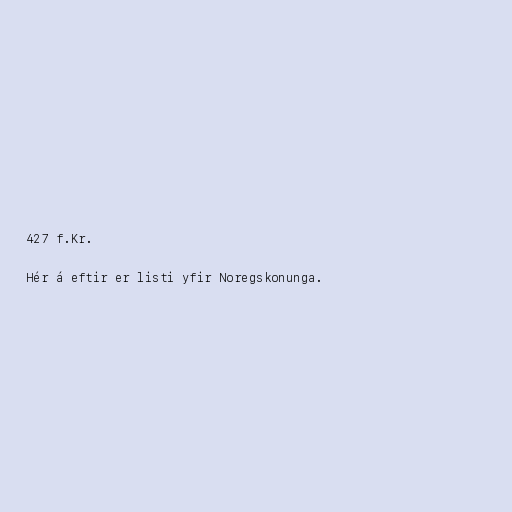
427 f.Kr.

Hér á eftir er listi yfir Noregskonunga.